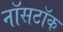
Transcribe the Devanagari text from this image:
नॉसटॉक